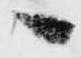
へ